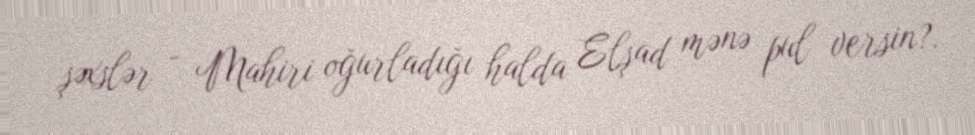
şəxslər - Mahiri oğurladığı halda Elşad mənə pul versin?.